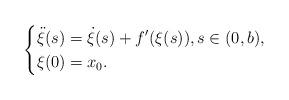
LaTeX: \begin{align*}\left\{\begin{aligned} \Ddot{\xi}(s)&=\dot{\xi}(s) + f^\prime (\xi(s)), s\in (0,b),\\ \xi(0)&=x_0.\end{aligned}\right.\end{align*}